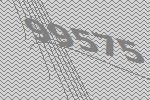
99575